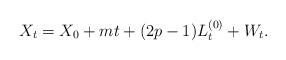
LaTeX: \begin{align*}X_t=X_0+mt +(2p-1)L_t^{\left(0\right)}+W_t.\end{align*}